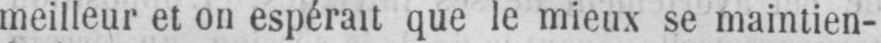
meilleur et on espérait que le mieux se maintien-